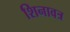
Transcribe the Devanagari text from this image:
शिनावत्र